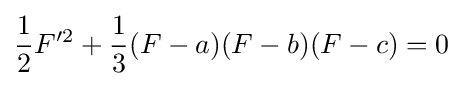
{\frac {1}{2}}F'^{2}+{\frac {1}{3}}(F-a)(F-b)(F-c)=0